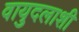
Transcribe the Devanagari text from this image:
वायुदलाशी